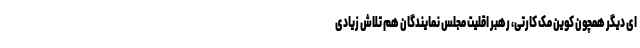
ای دیگر همچون کوین مک کارتی، رهبر اقلیت مجلس نمایندگان هم تلاش زیادی